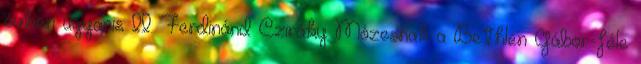
évben ugyanis II. Ferdinánd Cziráky Mózesnak a Bethlen Gábor-féle